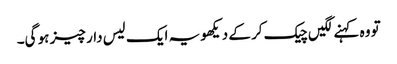
تو وہ کہنے لگیں چیک کر کے دیکھو یہ ایک لیس دار چیز ہو گی۔